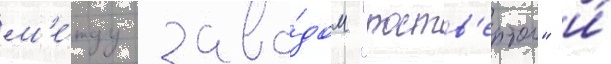
м'е́жду заво́дом "роств'ертол" и́